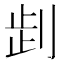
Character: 𠜶